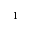
^ 1